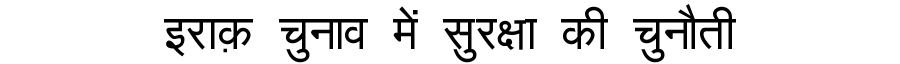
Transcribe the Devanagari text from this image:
इराक़ चुनाव में सुरक्षा की चुनौती